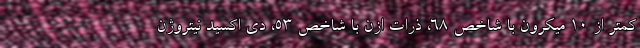
کمتر از ۱۰ میکرون با شاخص ۶۸، ذرات ازن با شاخص ۵۳، دی اکسید نیتروژن